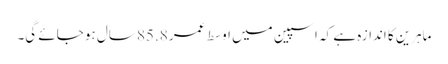
ماہرین کا اندازہ ہے کہ اسپین میں اوسط عمر 85.8 سال ہو جائے گی۔